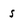
Character: s